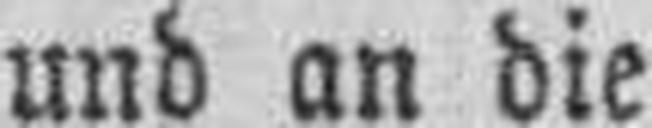
und an die